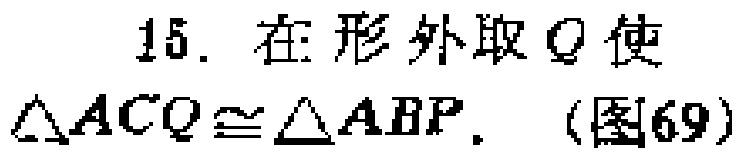
15. 在形外取\(Q\)使\(\triangle ACQ\cong\triangle ABP\). （图69）